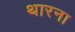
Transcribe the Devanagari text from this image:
थारना